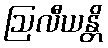
ဩလီယန္တိ